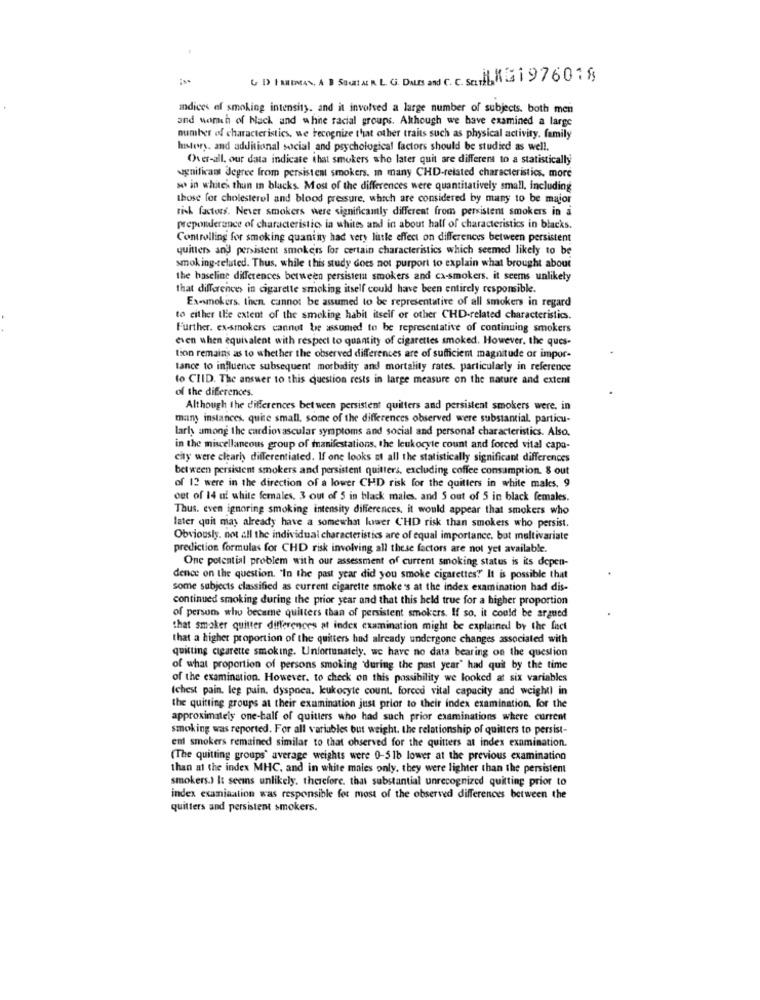
( D) | MEMES, & B SOMETER L. G. DAILIES and C. C. SCHLAG1 976018
Indices ef smoking intensity, and it involved a large number of subjects. both men
and worth of back and white racial groups. Although we have examined a large
number of characteristics, we recognize that other traits such as physical activity. family
husters, and additional social and psychological factors should be studied as well.
Over-all. our data indicate that smokers she later quit are different to a statistically
significant degree from persistent smokers. In many CHD-related characteristics. more
so in whites thun in blacks. Most of the differences were quantitatively small, including
those for cholesterol and blood pressure, which are considered by many to be maior
risk factors. Never smokers were significamly different from persistent smokers in a
preponderance of characteristics in whites and in about half of characteristics in blacks.
Controlling for smoking quaniny had very little effect on differences between persistent
quitter and persistent smokers for certain characteristics which seemed likely to be
smoking-related. Thus, while this study does not purport to explain what brought about
the baseline differences between persistema smokers and ca-smokers, it seems unlikely
that differences in cigarette smoking itself could have been entirely responsible.
Ex-unokers. then, cannot be assumed to be representative of all smokers in regard
to either the extent of the smoking habit itself or other CHD-related characteristics.
Further. ex-smokers cannot be assumed to be representative of continuing smokers
even when equivalent with respect to quantity of cigarettes smoked. However, the ques-
tion remains as to whether the observed differences are of sufficient magnitude or impor-
tance to influence subsequent morbidity and mortality rates. particularly in reference
to CIID. The answer to this question rests in large measure on the nature and extent
of the differences.
Although the differences between persistent quilters and persistent smokers were. in
many instances, quite small. some of the differences observed were substantial. particu-
larh among the cardiovascular symptoms and social and personal characteristics. Also.
in the miscellaneous group of manifestations, the leukocyte count and forced vital capa-
city were clearly differentiated. If one looks of all the statistically significant differences
between persistent smokers and persistent quitters, excluding coffee consumption. 8 out
of 12 were in the direction of a lower CHD risk for the quitters in white males. 9
out of 14 ul white females. 3 out of 5 in black males. and 5 out of 5 in black females.
Thus. even ignoring smoking intensity differences, it would appear that smokers who
later quit may already have a somewhat lower CHD risk than smokers who persist.
Obviously, not all the individual characteristics are of equal importance. bat multivariate
prediction formulas for CHD risk involving all these factors are not yet available.
One potential problem with our assessment of current smoking status is its depen-
dence on the question. "In the past year did you smoke cigarettes?" It is possible that
some subjects classified as current cigarette smoke's at the index examination had dis-
continued smoking during the prior year and that this held true for a higher proportion
of person who became quilters than of persistent smokers. If so. it could be argued
that smoker quitter differences at index examination might be explained by the fact
that a higher proportion of the quitters had already undergone changes associated with
quitting cigarette smoking. Unfortunately, we have no data bearing on the question
of what proportion of persons smoking "during the past year' had quit by the time
of the examination. However. to check on this possibility we looked at six variables
(chest pain, leg pain, dyspoca. kukocyte count. forced vital capacity and weight) in
the quitting groups at their examination just prior to their index examination, for the
approximately one-half of quitters who had such prior examinations where current
smoking was reported. For all variables but weight. the relationship of quitters to persist-
ent smokers remained similar to that observed for the quitters at index examination.
(The quitting groups" average weights were 0-51b lower at the previous examination
than at the index MHC, and in white males only, they were lighter than the persistent
smokers.) It seeins unlikely. therefore. that substantial unrecognized quitting prior to
index examination was responsible for most of the observed differences between the
quitters and persistent smokers.